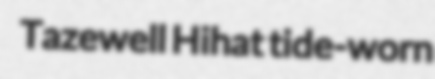
Tazewell Hihat tide-worn